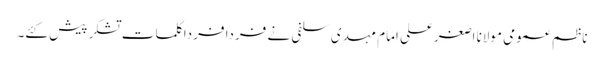
ناظم عمومی مولانا اصغرعلی امام مہدی سلفی نے فردا فردا کلمات تشکر پیش کئے۔